Report on sanitation, dispensaries, and jails in Rajputana for 1918, and on vaccination for the year 1918-1919 - 1918-1919
Year: 1918
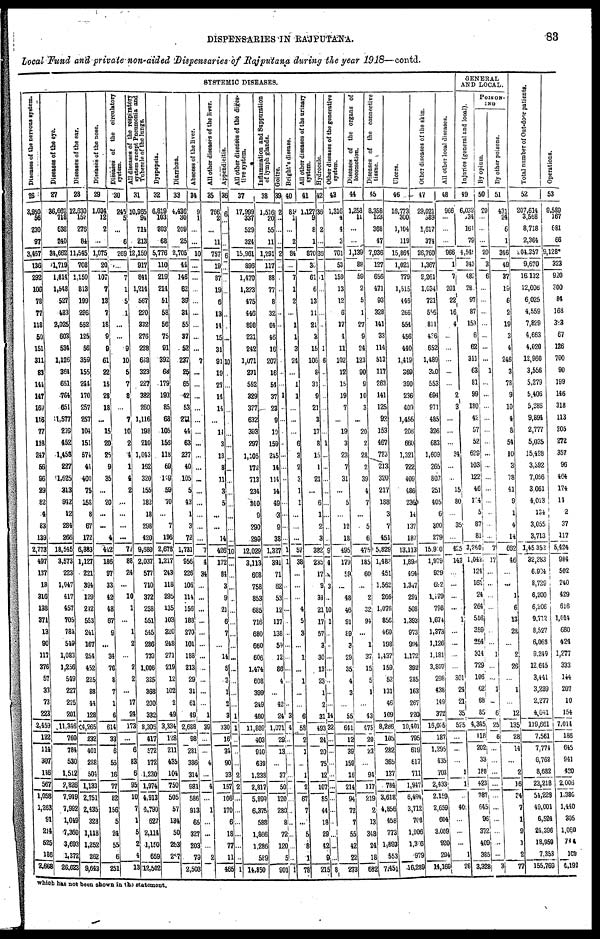
DISPENSARIES IN RAJPUTANA.
83
Local Fund and private non-aided Dispensaries of Rajputana during the year 1918—contd.
SYSTEMIC DISEASES.
Diseases of the nervous system.
26
3,950
56
230
97
3,457
136
292
106
78
77
118
50
151
311
83
144
147
169
116
77
118
247
56
96
29
82
4
83
139
2,773
497
137
18
316
138
371
13
90
117
376
57
33
73
223
2,459
122
114
307
146
5617
1,058
1,263
91
214
525
186
2,668
Diseases of the eye.
27
36,662
718
638
240
34,662
1,719
1,814
1,548
527
483
2,025
603
534
1,126
364
651
764
651
1,577
299
452
1,458
227
1,625
313
942
12
284
266
18,545
3,573
223
1,047
417
457
705
784
549
1,083
1,256
549
227
225
201
11,346
760
784
530
1,512
2,826
7,949
7,992
1,049
7,360
3,693
1,372
26,623
Diseases of the ear.
28
12,630
157
276
84
11,545
708
1,150
813
199
296
552
125
56
359
155
244
170
257
257
104
151
574
41
400
75
158
8
67
172
6,383
1,127
221
394
129
242
553
241
167
254
452
225
88
44
128
64,265
232
401
228
504
1,133
2,751
2,435
328
1,118
1,252
262
9,643
Diseases of the nose.
29
1,034
12
2
...
1,075
20
107
7
13
7
18
9
9
61
22
15
28
18
...
15
20
25
9
35
...
20
...
...
4
442
186
97
33
42
48
67
9
...
34
76
8
7
1
6
614
33
6
55
16
77
82
156
5
24
55
6
251
Diseases of the circulatory
system.
30
245
5
...
6
269
...
7
1
5
1
...
...
9
10
5
7
8
...
7
10
2
4
1
4
2
...
...
...
...
71
88
24
...
10
1
...
1
2
...
2
2
...
17
24
173
...
6
83
6
95
10
7
1
5
2
4
13
All
diseases of the respiratory
system except Pneumonia and
Tubercle of the lungs.
31
10,965
94
714
213
12,159
917
841
1,214
567
220
332
276
228
668
323
227
382
260
1,116
198
210
1,043
162
320
155
182
18
298
420
9,680
2,037
577
710
372
258
551
545
286
739
1,006
325
368
200
332
8,308
417
572
172
1,230
1,974
4,913
4,790
627
2,114
1,150
659
12,502
Dyspepsia.
32
6,819
103
203
68
5,776
110
219
214
51
58
56
75
91
392
68
179
193
85
68
105
156
118
69
149
59
70
...
7
196
2,678
1,217
243
118
295
135
103
320
248
271
219
12
102
2
49
3,334
128
211
435
104
750
505
57
134
50
263
252
Diarrhœa.
33
4,436
30
209
25
2,705
44
146
62
39
34
55
87
52
237
25
65
42
53
271
44
63
237
40
105
5
43
1
3
72
1,731
956
226
106
114
156
188
270
101
188
213
29
31
61
49
2,688
98
281
386
314
981
586
913
65
327
203
79
2,503
Abscess of the liver.
34
9
1
...
...
10
...
...
...
...
...
...
...
...
7
...
...
...
...
...
...
...
...
...
...
...
...
...
...
...
7
4
34
...
...
...
...
...
...
...
...
...
...
...
1
39
...
...
4
...
4
...
1
...
...
...
2
All other diseases of the liver
35
766
2
...
11
757
19
87
19
6
13
14
15
31
91
19
27
14
14
...
11
3
18
8
11
3
5
...
...
14
426
172
84
3
9
21
6
7
...
14
5
3
1
2
3
330
16
34
90
33
157
106
170
6
18
71
11
465
Appendicitis.
36
6
...
...
...
6
...
...
...
...
...
...
10
...
...
...
...
...
...
...
...
...
...
...
...
...
...
...
10
...
...
...
...
...
...
...
...
...
...
...
...
...
1
1
...
...
...
2
2
...
...
...
...
...
...
1
All other diseases of the diges¬
tive system.
37
17,999
337
529
324
15,961
896
1,470
1,223
475
446
898
231
242
1,071
231
552
329
377
632
393
297
1,105
172
713
234
340
9
290
293
12,029
3,113
608
758
853
685
716
680
660
606
1,474
608
399
249
480
11,883
403
940
639
1,238
2,811
5,899
6,375
588
1,866
1,286
589
14,850
Inflammation and Suppuration
of lymph glands.
38
1,516
20
55
11
1,291
117
88
77
8
32
64
46
16
207
16
54
37
23
9
10
159
245
14
114
14
49
3
9
38
1,327
391
71
62
53
12
117
138
59
12
86
4
...
42
24
1,071
29
13
...
37
50
120
280
8
72
120
5
901
Goitre.
39
2
...
...
...
2
...
...
...
...
...
...
...
...
...
...
1
...
...
...
...
...
...
...
...
...
...
...
...
1
1
...
...
...
...
...
...
...
...
...
...
3
4
...
...
...
...
...
...
...
...
...
...
...
1
Bright's disease.
40
81
1
...
2
84
...
7
1
2
...
1
1
3
24
...
1
1
...
...
...
6
3
2
3
1
1
...
...
...
57
38
...
...
...
4
5
3
...
1
...
1
...
...
6
58
2
1
...
1
...
67
7
...
5
8
1
78
All other diseases of the urinary
system.
41
1,127
9
8
1
870
36
61
6
13
11
21
2
15
106
6
31
9
21
3
17
8
15
1
21
...
6
1
2
3
382
238
17
9
34
21
17
57
3
30
13
23
1
2
31
493
24
20
75
12
107
85
44
18
29
42
9
215
Hydrocele.
42
36
...
2
...
35
1
...
...
...
1
6
...
...
...
...
...
...
1
...
...
...
...
...
...
...
...
9
4
...
3
...
10
1
...
...
...
...
...
...
...
14
32
...
...
...
...
...
...
...
...
...
...
...
8
Other diseases of the generative
system.
43
1,316
4
4
3
701
53
159
13
12
6
17
4
11
102
12
15
19
7
...
19
3
23
7
31
...
5
...
12
18
495
179
59
...
48
46
91
69
3
29
35
4
3
...
55
641
12
39
159
16
214
94
72
7
55
42
22
273
Diseases of the organs of
locomotion.
44
1,258
11
...
...
1,139
88
59
2
5
1
27
9
24
123
90
9
10
3
...
20
2
28
2
39
4
7
...
5
6
475
185
60
...
2
32
94
...
1
37
15
5
1
...
43
475
20
28
...
94
117
219
2
13
348
24
18
682
Diseases of the connective
tissue.
45
8,358
123
368
47
7,936
127
656
471
93
328
141
33
114
513
117
263
141
125
92
153
467
723
213
320
217
188
3
7
451
5,829
1,483
451
1,562
266
1,076
856
460
198
1,437
159
52
131
46
109
8,286
105
282
365
137
784
3,618
4,856
458
773
1,893
553
7,451
Ulcers.
46
16,773
300
1,104
119
15,864
1,021
779
1,515
446
266
554
456
440
1,419
369
390
236
409
1,456
206
660
1,321
722
409
486
236
14
137
187
13,113
1,898
494
1,347
291
508
1,393
973
994
1,172
392
285
163
267
220
10,401
795
619
617
711
1,947
6,494
3,712
708
1,906
1,366
979
16,289
Other diseases of the skin.
47
29,021
589
1,617
374
26,760
1,367
2,261
1,034
721
556
811
436
652
1,489
320
553
694
971
485
326
683
1,609
265
803
251
405
6
300
279
15,910
1,979
929
692
1,179
798
1,674
1,373
1,126
1,181
3,807
298
438
149
372
16,065
187
1,295
435
703
2,433
2,159
2,659
604
3,009
920
294
14,169
All other local diseases.
48
966
...
...
...
966
1
7
201
22
16
4
...
...
...
...
...
2
3
...
...
...
34
...
...
15
80
...
35
...
425
143
...
...
...
...
1
...
...
...
...
301
24
21
35
525
...
...
...
1
1
...
400
...
...
...
1
26
GENERAL
AND LOCAL.
Injuries (general and local).
49
6,032
134
164
79
4,545
343
482
28
97
87
153
6
62
311
63
81
99
180
42
57
52
629
103
122
46
104
5
87
81
3,250
1,042
124
160
24
264
516
359
254
314
729
106
62
68
85
4,345
118
202
33
188
423
787
645
96
372
409
385
3,328
POISON-
ING
By opium.
50
20
...
...
...
20
3
6
...
...
...
...
...
...
...
1
...
...
...
...
...
...
...
...
...
...
...
...
...
...
7
17
...
...
...
...
...
...
...
1
...
...
1
...
6
25
6
...
...
...
...
...
...
...
...
...
...
3
By other poisons.
51
431
24
6
1
346
49
37
19
6
2
19
3
4
246
3
78
9
10
4
8
54
10
3
78
41
9
1
4
14
662
46
...
...
1
6
13
28
...
2
26
...
1
...
12
135
28
14
...
2
16
34
7
1
9
1
2
77
Total number of Out-door patients.
52
207,614
3,568
8,718
2,364
204,357
9,670
16,132
12,006
6,025
4,559
7,829
4,663
4,020
12,960
3,556
5,279
5,406
5,286
9,894
2,777
5,035
15,498
3,392
7,056
3,061
4,013
134
3,055
3,713
1,45 352
32,283
6,934
8,729
6,200
6,206
9,712
8,527
6,068
9,249
12,645
3,441
3,289
2,277
4,041
119,661
7,561
7,774
6,762
8,682
23,218
54,229
49,001
6,524
24,396
18,959
7,353
155,769
Operations.
53
9,539
167
681
66
9,128*
323
920
300
84
168
373
67
126
700
90
199
146
318
113
205
272
357
96
464
174
14
2
37
117
5,424
984
502
240
429
616
1,014
680
424
1,277
333
144
207
10
154
7,014
186
645
941
420
2,006
1,380
1,440
305
1,060
714
109
4,192
which has not been shown in the statement.